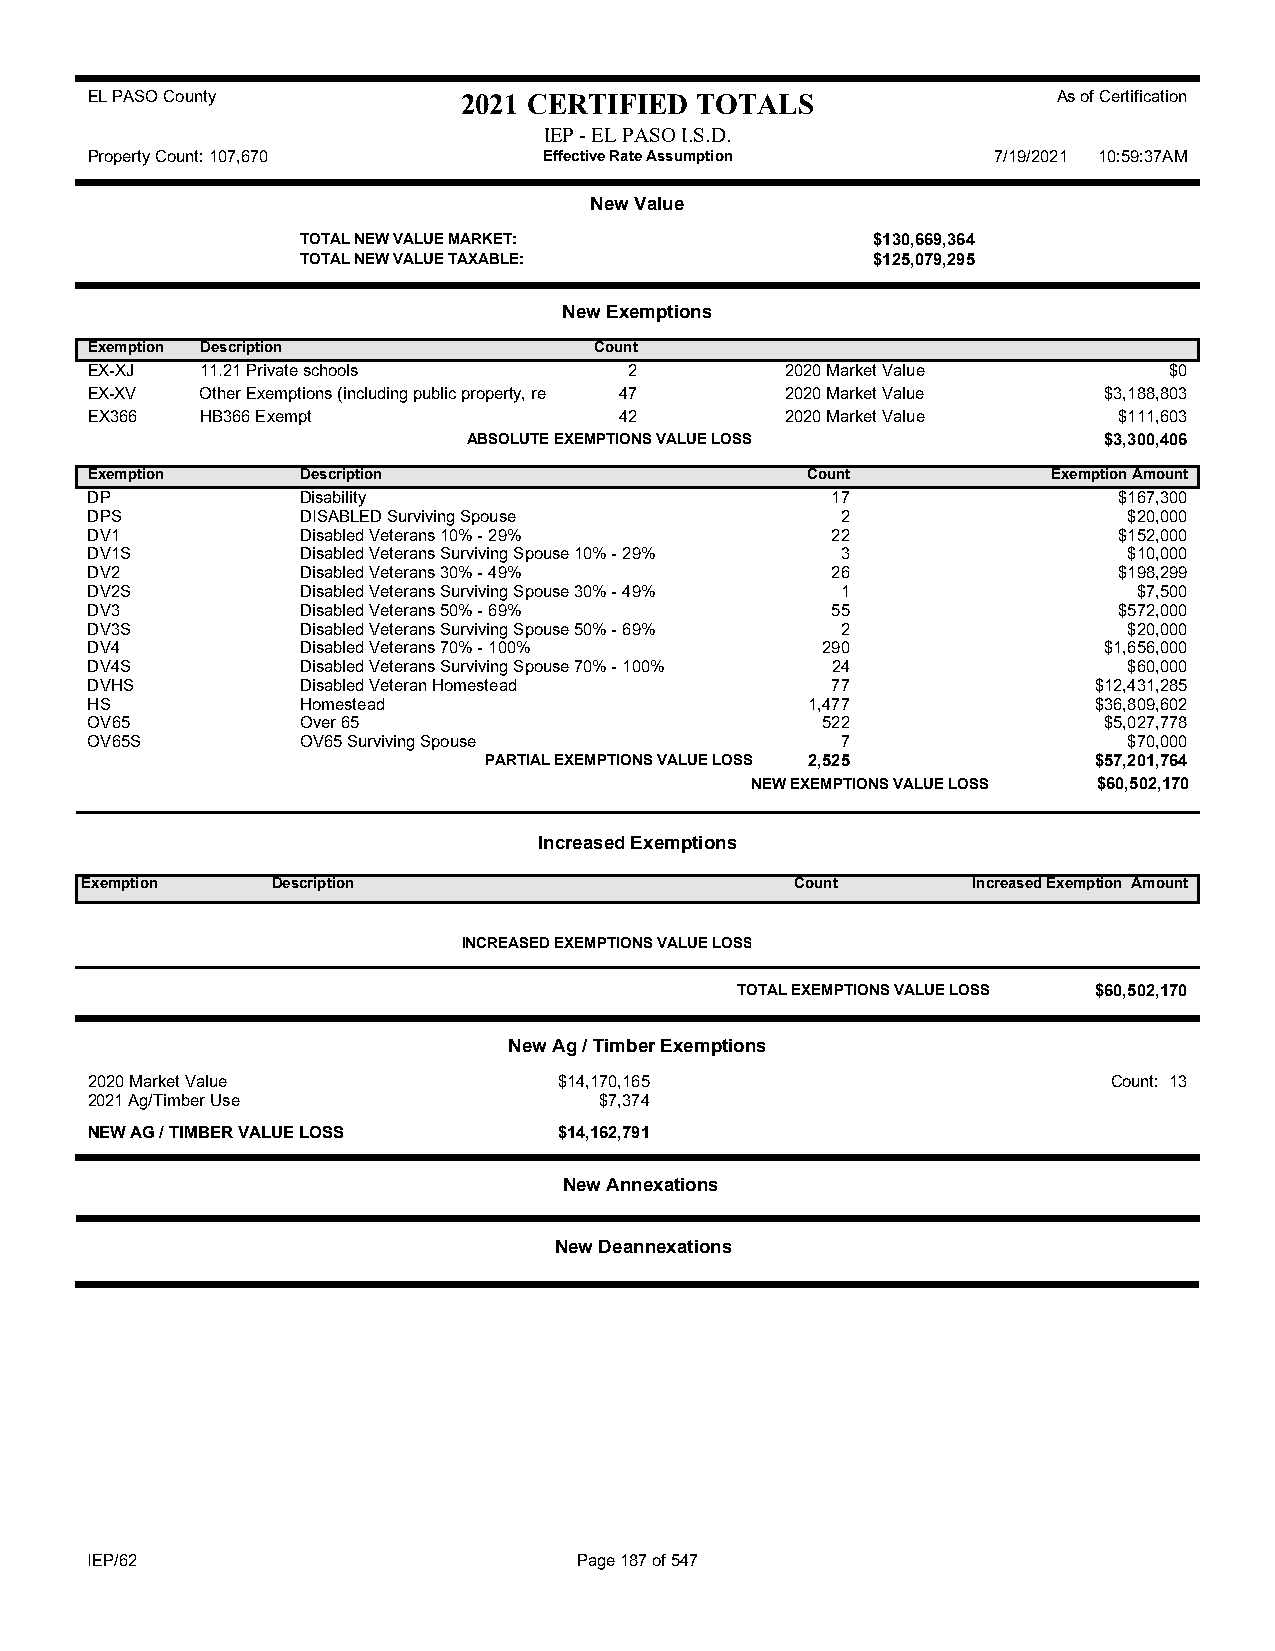
EL PASO County           2021 CERTIFIED TOTALS                  As of Certification
 IEP - EL PASO I.S.D.
 Property Count: 107,670       Effective Rate Assumption     7/19/2021 10:59:37AM
 New Value
 TOTAL NEW VALUE MARKET:               $130,669,364
 TOTAL NEW VALUE TAXABLE:              $125,079,295
 New Exemptions
 Exemption Description            Count
 EX-XJ  11.21 Private schools        2         2020 Market Value        $0
 EX-XV  Other Exemptions (including public property, re 47 2020 Market Value $3,188,803
 EX366  HB366 Exempt                42         2020 Market Value     $111,603
 ABSOLUTE EXEMPTIONS VALUE LOSS            $3,300,406
 Exemption     Description                      Count            Exemption Amount
 DP            Disability                         17                 $167,300
 DPS           DISABLED Surviving Spouse           2                  $20,000
 DV1           Disabled Veterans 10% - 29%        22                 $152,000
 DV1S          Disabled Veterans Surviving Spouse 10% - 29% 3         $10,000
 DV2           Disabled Veterans 30% - 49%        26                 $198,299
 DV2S          Disabled Veterans Surviving Spouse 30% - 49% 1         $7,500
 DV3           Disabled Veterans 50% - 69%        55                 $572,000
 DV3S          Disabled Veterans Surviving Spouse 50% - 69% 2         $20,000
 DV4           Disabled Veterans 70% - 100%      290                $1,656,000
 DV4S          Disabled Veterans Surviving Spouse 70% - 100% 24       $60,000
 DVHS          Disabled Veteran Homestead         77               $12,431,285
 HS            Homestead                         1,477             $36,809,602
 OV65          Over 65                           522                $5,027,778
 OV65S         OV65 Surviving Spouse               7                  $70,000
 PARTIAL EXEMPTIONS VALUE LOSS 2,525     $57,201,764
 NEW EXEMPTIONS VALUE LOSS $60,502,170
 Increased Exemptions
 Exemption    Description                        Count      Increased Exemption Amount
 INCREASED EXEMPTIONS VALUE LOSS
 TOTAL EXEMPTIONS VALUE LOSS $60,502,170
 New Ag / Timber Exemptions
 2020 Market Value              $14,170,165                          Count: 13
 2021 Ag/Timber Use                $7,374
 NEW AG / TIMBER VALUE LOSS     $14,162,791
 New Annexations
 New Deannexations
 IEP/62                          Page 187 of 547